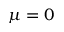
\mu = 0